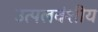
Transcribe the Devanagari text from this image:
उत्पलवंशीय